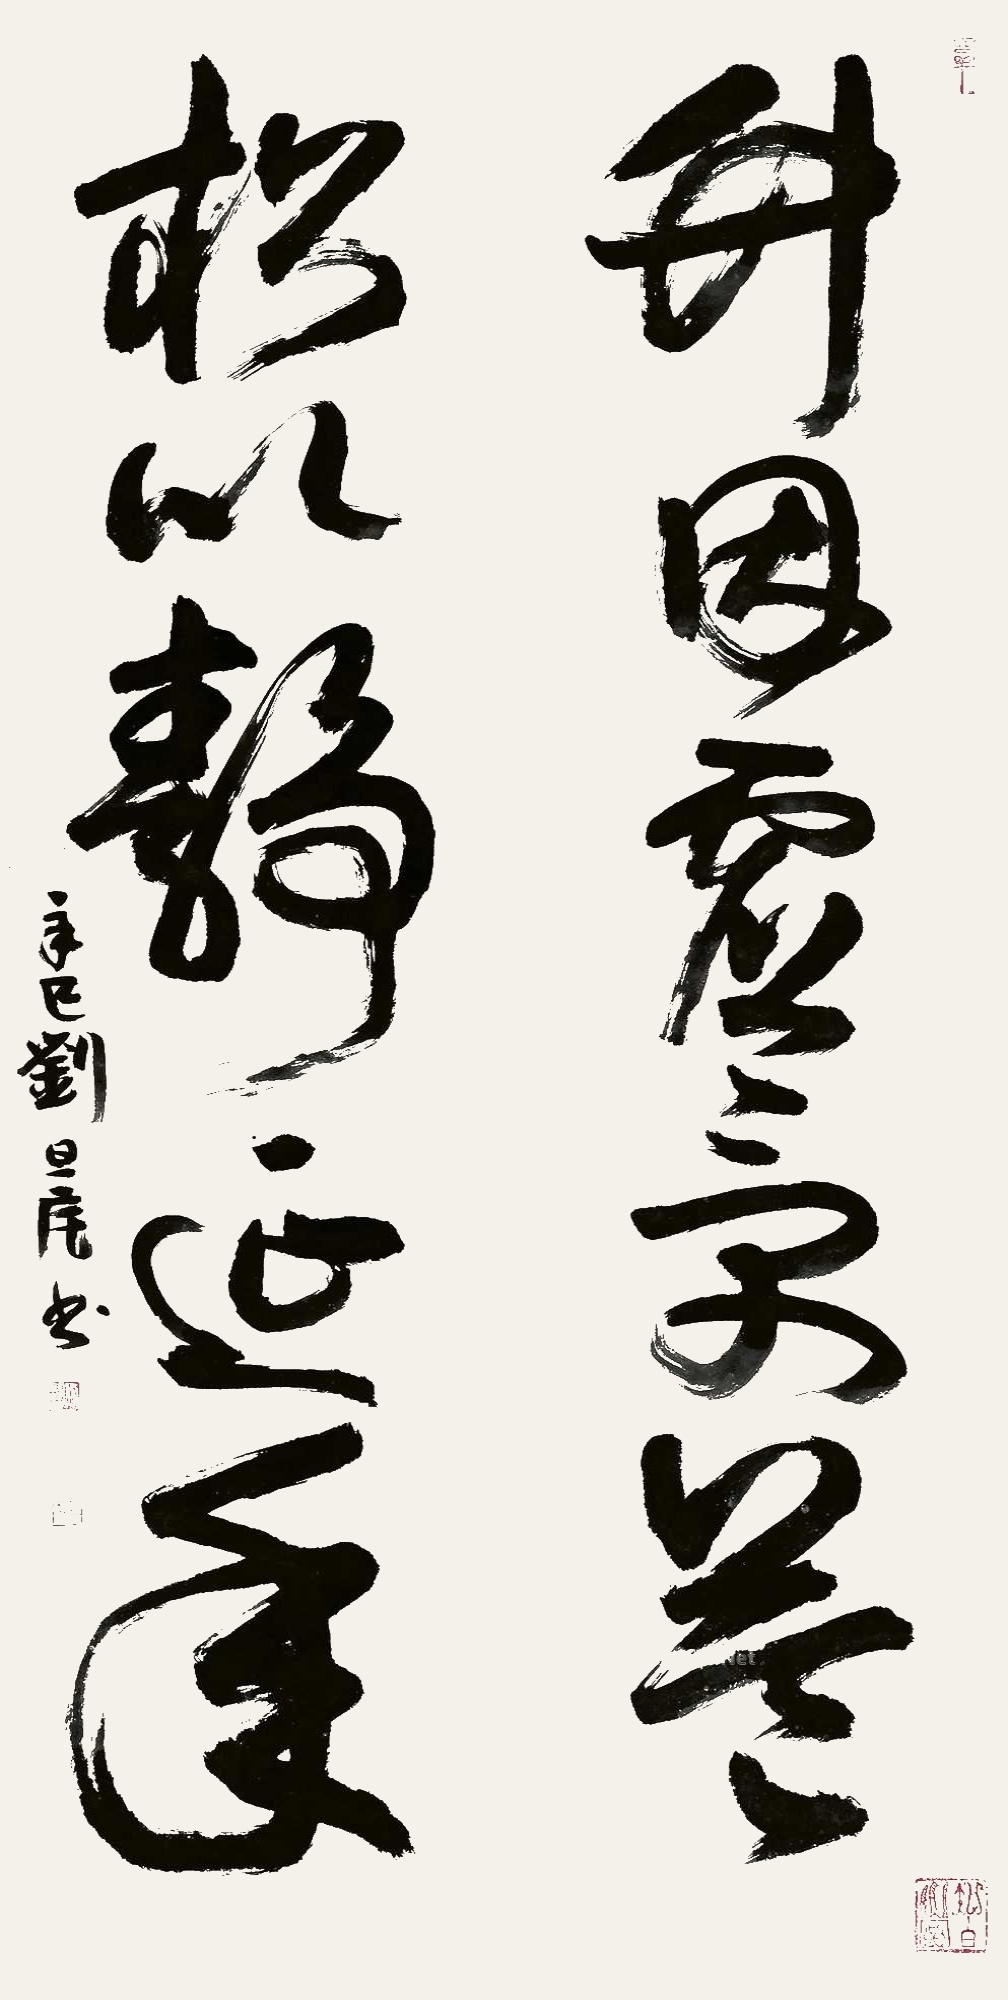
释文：竹因虚受益，松以静延年。辛巳，刘旦宅书。